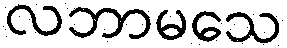
လဘာမသေ